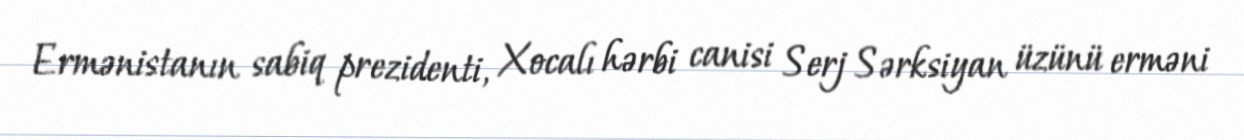
Ermənistanın sabiq prezidenti, Xocalı hərbi canisi Serj Sərksiyan üzünü erməni